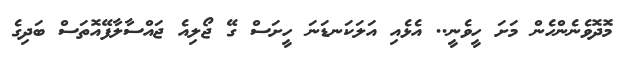
މޮދޮވެނެންހެން މަށަ ހީވެނީ.. އެޅެއި އަލަކަނޑަނަ ހީށަސް ގޭ ޖޯލިއެ ޖައްސާލާފޭއޮތަސް ބަދިގެ